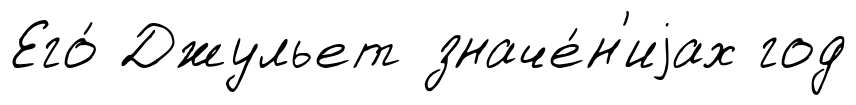
Его́ Джульет значе́н'иjах год